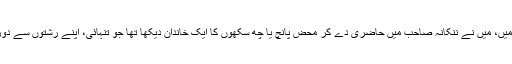
کیا یہ وہی پاکستان ہے جہاں 2007 میں، میں نے ننکانہ صاحب میں حاضری دے کر محض پانچ یا چھ سکھوں کا ایک خاندان دیکھا تھا جو تنہائی، اپنے رشتوں سے دور اور خوف کے عالم میں جی رہا تھا۔